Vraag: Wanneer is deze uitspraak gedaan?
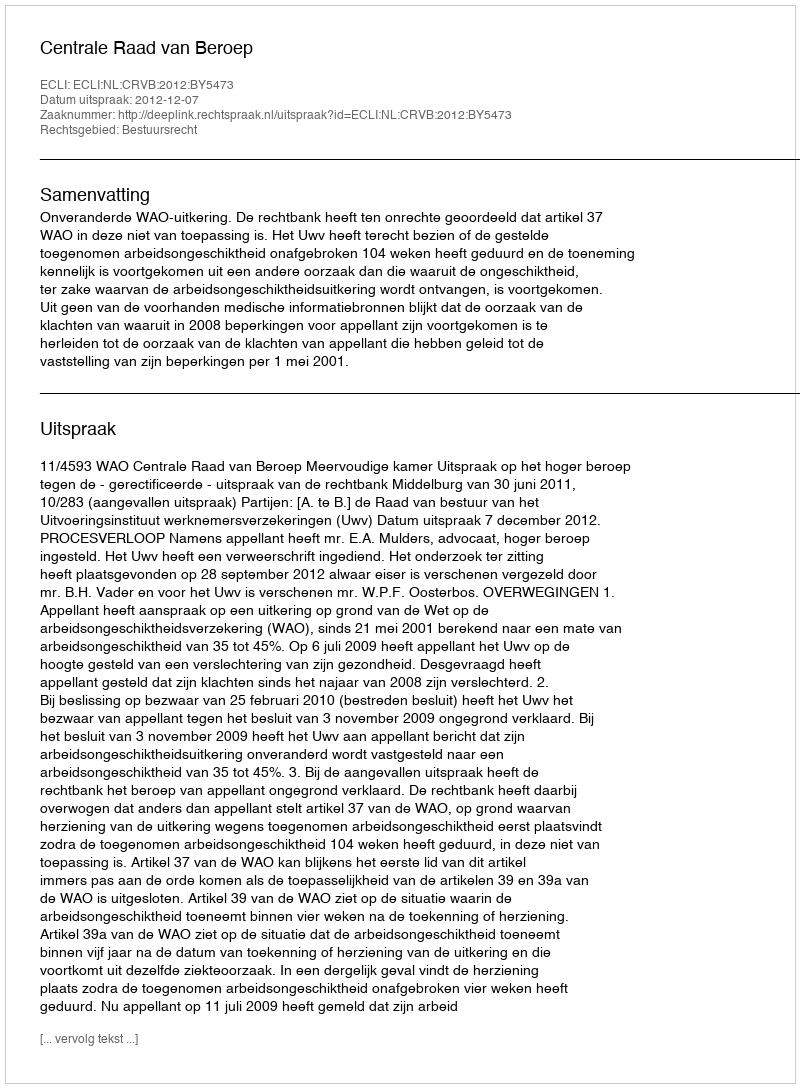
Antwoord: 2012-12-07